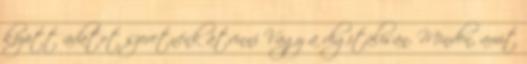
között adatot szeretnénk átvinni Vagy a digitálisan. Minden, amit